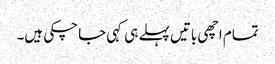
تمام اچھی باتیں پہلے ہی کہی جا چکی ہیں۔